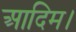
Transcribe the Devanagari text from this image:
आदिम।